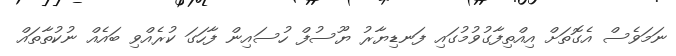
ނަމަވެސް އެގޮތަށް އިއްތިފާގުވުމުގައި ފަނޑިޔާރު ޔޫސުފް ހުސައިން ފާހަގަ ކުރެއްވި ބައެއް ނުކުތާތައް